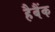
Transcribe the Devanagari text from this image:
हैबैंक